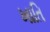
ખાતિ